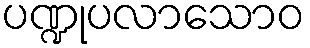
ပဏ္ဍုပလာသောဝ